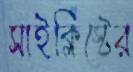
সাইক্লিস্টের